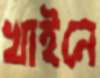
খাইনে